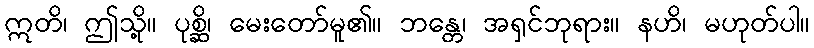
ဣတိ၊ ဤသို့။ ပုစ္ဆိ၊ မေးတော်မူ၏။ ဘန္တေ၊ အရှင်ဘုရား။ နဟိ၊ မဟုတ်ပါ။